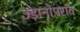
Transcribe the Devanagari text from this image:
उड़ानोपरांत